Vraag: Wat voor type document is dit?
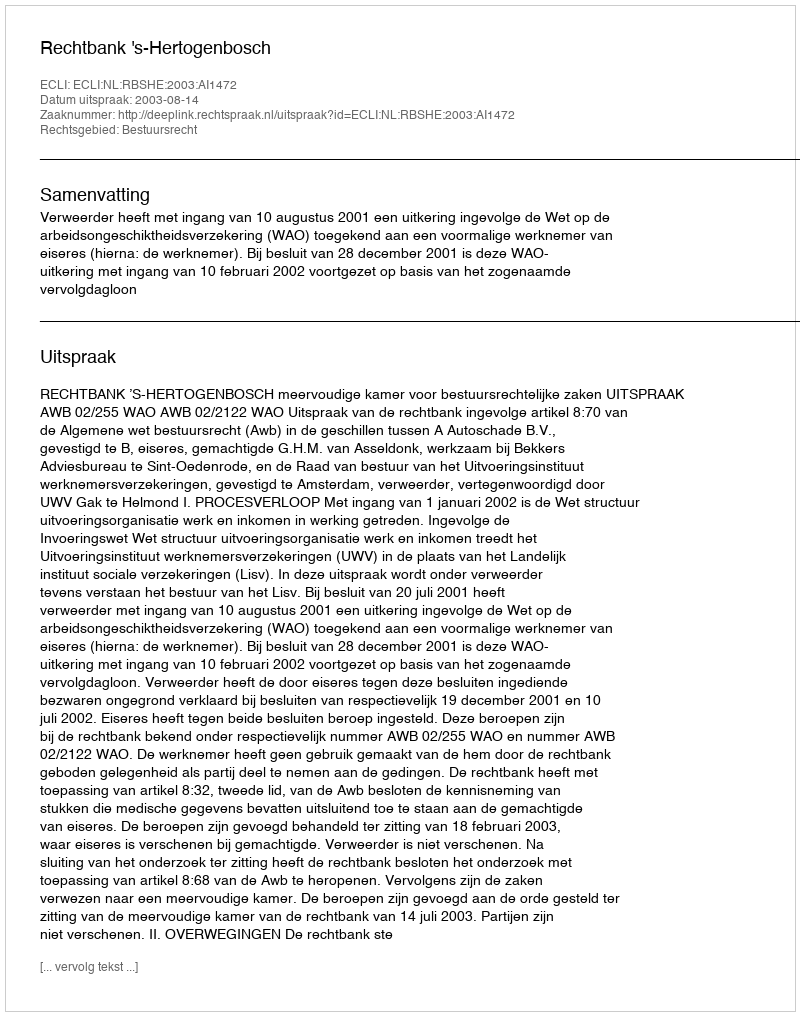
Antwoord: Uitspraak